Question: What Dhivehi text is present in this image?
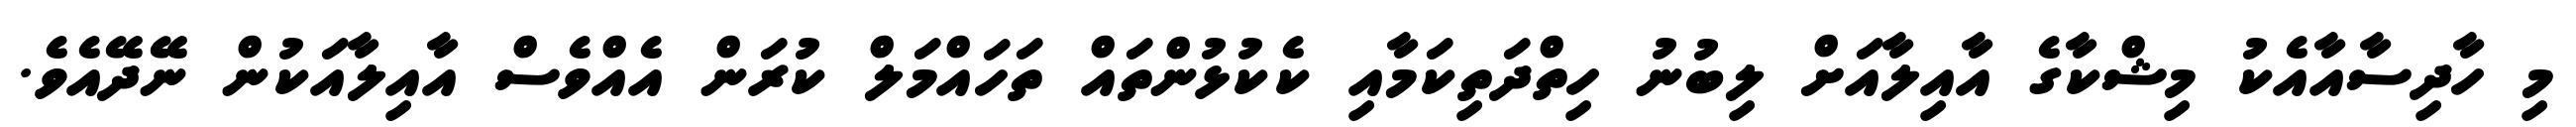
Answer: މި ހާދިސާއާއެކު މިޝްކާގެ އާއިލާއަށް ލިބުނު ހިތްދަތިކަމާއި ކެކުޅުންތައް ތަހައްމަލް ކުރަން އެއްވެސް އާއިލާއަކުން ނޭދޭއެވެ.